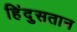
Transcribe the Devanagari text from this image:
हिंदुसतान